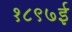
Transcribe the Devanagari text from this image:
१८९७ई